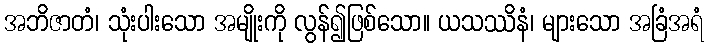
အဘိဇာတံ၊ သုံးပါးသော အမျိုးကို လွန်၍ဖြစ်သော။ ယသဿိနံ၊ များသော အခြံအရံ